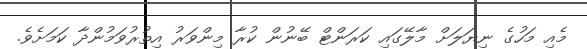
މެއި މަހުގެ ނިޔަލަށް މާލޭގައި ކަރަންޓް ބޭނުން ކުރާ މިންވަރު އިތުރުވަމުންދާ ކަމަށެވެ.